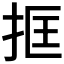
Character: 𢬤